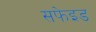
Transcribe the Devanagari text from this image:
सफेइड